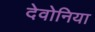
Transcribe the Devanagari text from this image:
देवोनिया